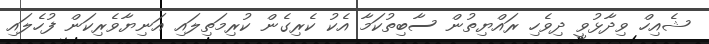
ޝެއިހް ވިދާޅުވީ ދިވެހި ރައްޔިތުން ސާބިތުކަމާ އެކު ކެރިގެން ކުރިމަތިލައި އަނިޔާވެރިކަން ފުހެލައި